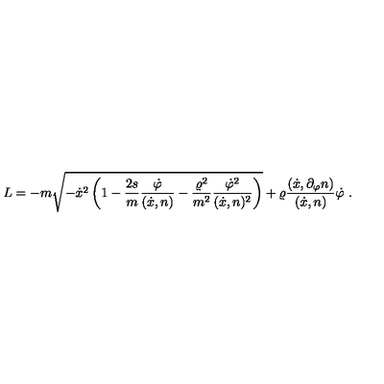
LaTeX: L = - m \sqrt { - \dot { x } ^ { 2 } \left( 1 - \frac { 2 s } { m } \frac { \dot { \varphi } } { ( \dot { x } , n ) } - \frac { \varrho ^ { 2 } } { m ^ { 2 } } \frac { \dot { \varphi } ^ { 2 } } { ( \dot { x } , n ) ^ { 2 } } \right) } + \varrho \frac { ( \dot { x } , \partial _ { \varphi } n ) } { ( \dot { x } , n ) } \dot { \varphi } \ .